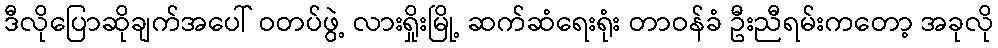
ဒီလိုပြောဆိုချက်အပေါ် ဝတပ်ဖွဲ့ လားရှိုးမြို့ ဆက်ဆံရေးရုံး တာဝန်ခံ ဦးညီရမ်းကတော့ အခုလို